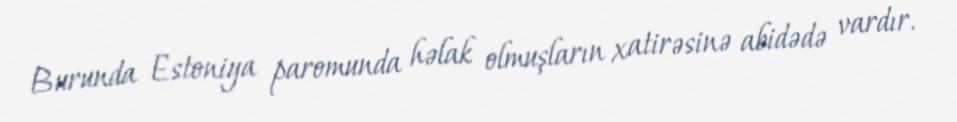
Burunda Estoniya paromunda həlak olmuşların xatirəsinə abidədə vardır.